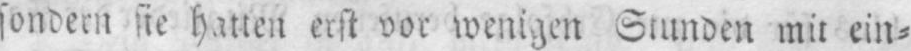
sondern sie hatten erst vor wenigen Stunden mit ein⸗